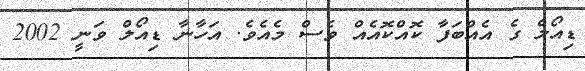
ޑިއޯލް ގެ އެއްބަފާ ކޮއްކޮއެއް ވެސް މެއެވެ. އަހާނާ ޑިއޯލް ވަނީ 2002